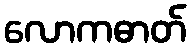
လောကဓာတ်